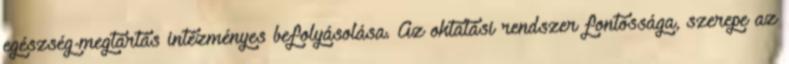
egészség-megtartás intézményes befolyásolása. Az oktatási rendszer fontossága, szerepe az